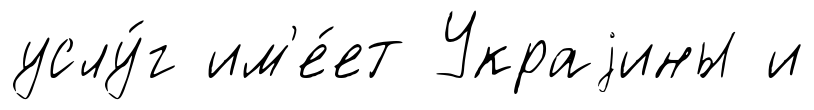
услу́г им'е́ет Украjины и